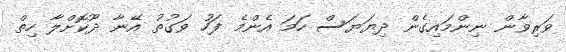
ވަރިވާން ނިންމައިގެން ދިޔަޔަސް ހަމަ އެންމެ ފަހު ވަގުތު އޭނާ ދޫކޮށްލާ ހިތް